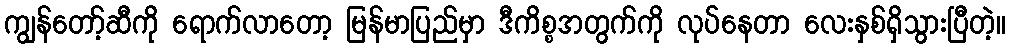
ကျွန်တော့်ဆီကို ရောက်လာတော့ မြန်မာပြည်မှာ ဒီကိစ္စအတွက်ကို လုပ်နေတာ လေးနှစ်ရှိသွားပြီတဲ့။